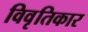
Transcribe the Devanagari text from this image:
विवृतिकार